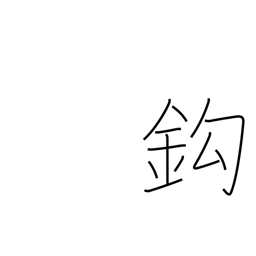
Meaning: hook